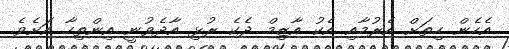
އެހެން ހިތަށް އެރުމާއި އެކު އާޒިމް ދެކެ ރުޅި އާދެވުނީ އިންތިހާ އަށެވެ.